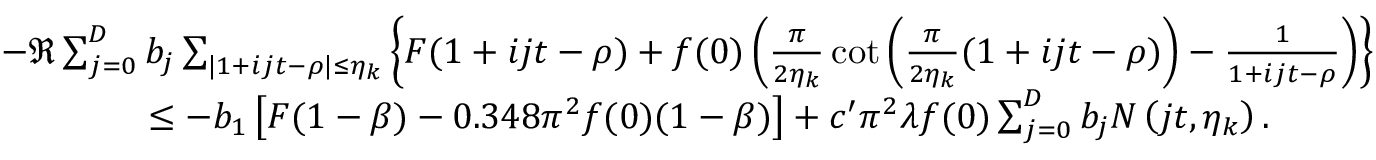
\begin{array} { r l } & { - \Re \sum _ { j = 0 } ^ { D } b _ { j } \sum _ { | 1 + i j t - \rho | \le \eta _ { k } } \left\{ F ( 1 + i j t - \rho ) + f ( 0 ) \left( \frac { \pi } { 2 \eta _ { k } } \cot \left( \frac { \pi } { 2 \eta _ { k } } ( 1 + i j t - \rho ) \right) - \frac { 1 } { 1 + i j t - \rho } \right) \right\} } \\ & { \qquad \qquad \le - b _ { 1 } \left[ F ( 1 - \beta ) - 0 . 3 4 8 \pi ^ { 2 } f ( 0 ) ( 1 - \beta ) \right] + c ^ { \prime } \pi ^ { 2 } \lambda f ( 0 ) \sum _ { j = 0 } ^ { D } b _ { j } N \left( j t , \eta _ { k } \right) . } \end{array}